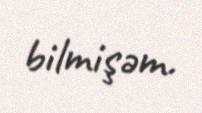
bilmişəm.